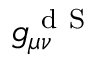
g _ { \mu \nu } ^ { \mathrm { ~ d ~ S ~ } }